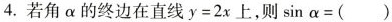
4.若角α的终边在直线$$y = 2 x$$上，则$$s i n α = ( )$$